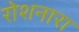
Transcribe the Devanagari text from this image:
रोशनारा